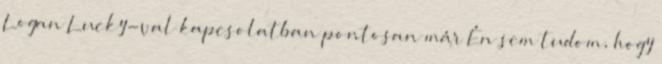
Logan Lucky-val kapcsolatban pontosan már Én sem tudom, hogy